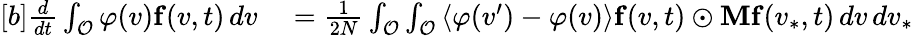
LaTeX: \begin{array}{r}{\begin{array}{rl}{[b]\frac{d}{dt}\int_{\mathcal{O}}\varphi(v)\mathbf{f}(v,t)\, dv}&{{}=\frac{1}{2N}\int_{\mathcal{O}}\int_{\mathcal{O}}\left\langle\varphi(v^{\prime})-\varphi(v)\right\rangle\mathbf{f}(v,t)\odot\mathbf{M}\mathbf{f}(v_{\ast},t)\, dv\, dv_{\ast}}\end{array}}\end{array}